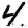
Digit: 4